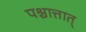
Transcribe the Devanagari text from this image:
पश्चात्तात्‌